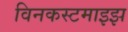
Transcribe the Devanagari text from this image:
विनकस्टमाइझ